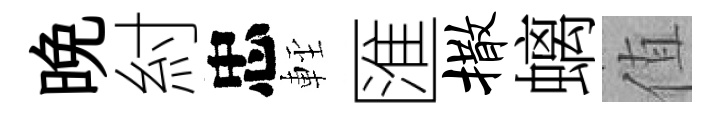
晩紂忠䡖匯撒螭值